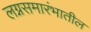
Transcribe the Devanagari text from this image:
लग्नसमारंभातील